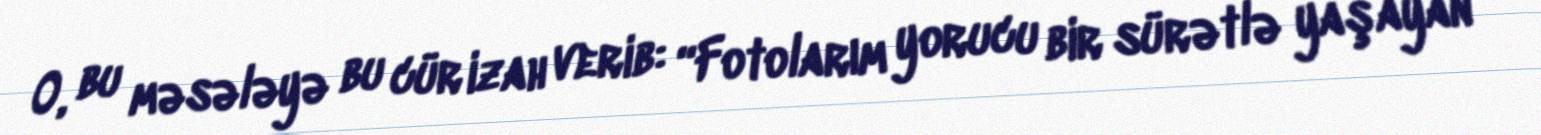
O, bu məsələyə bu cür izah verib: “Fotolarım yorucu bir sürətlə yaşayan